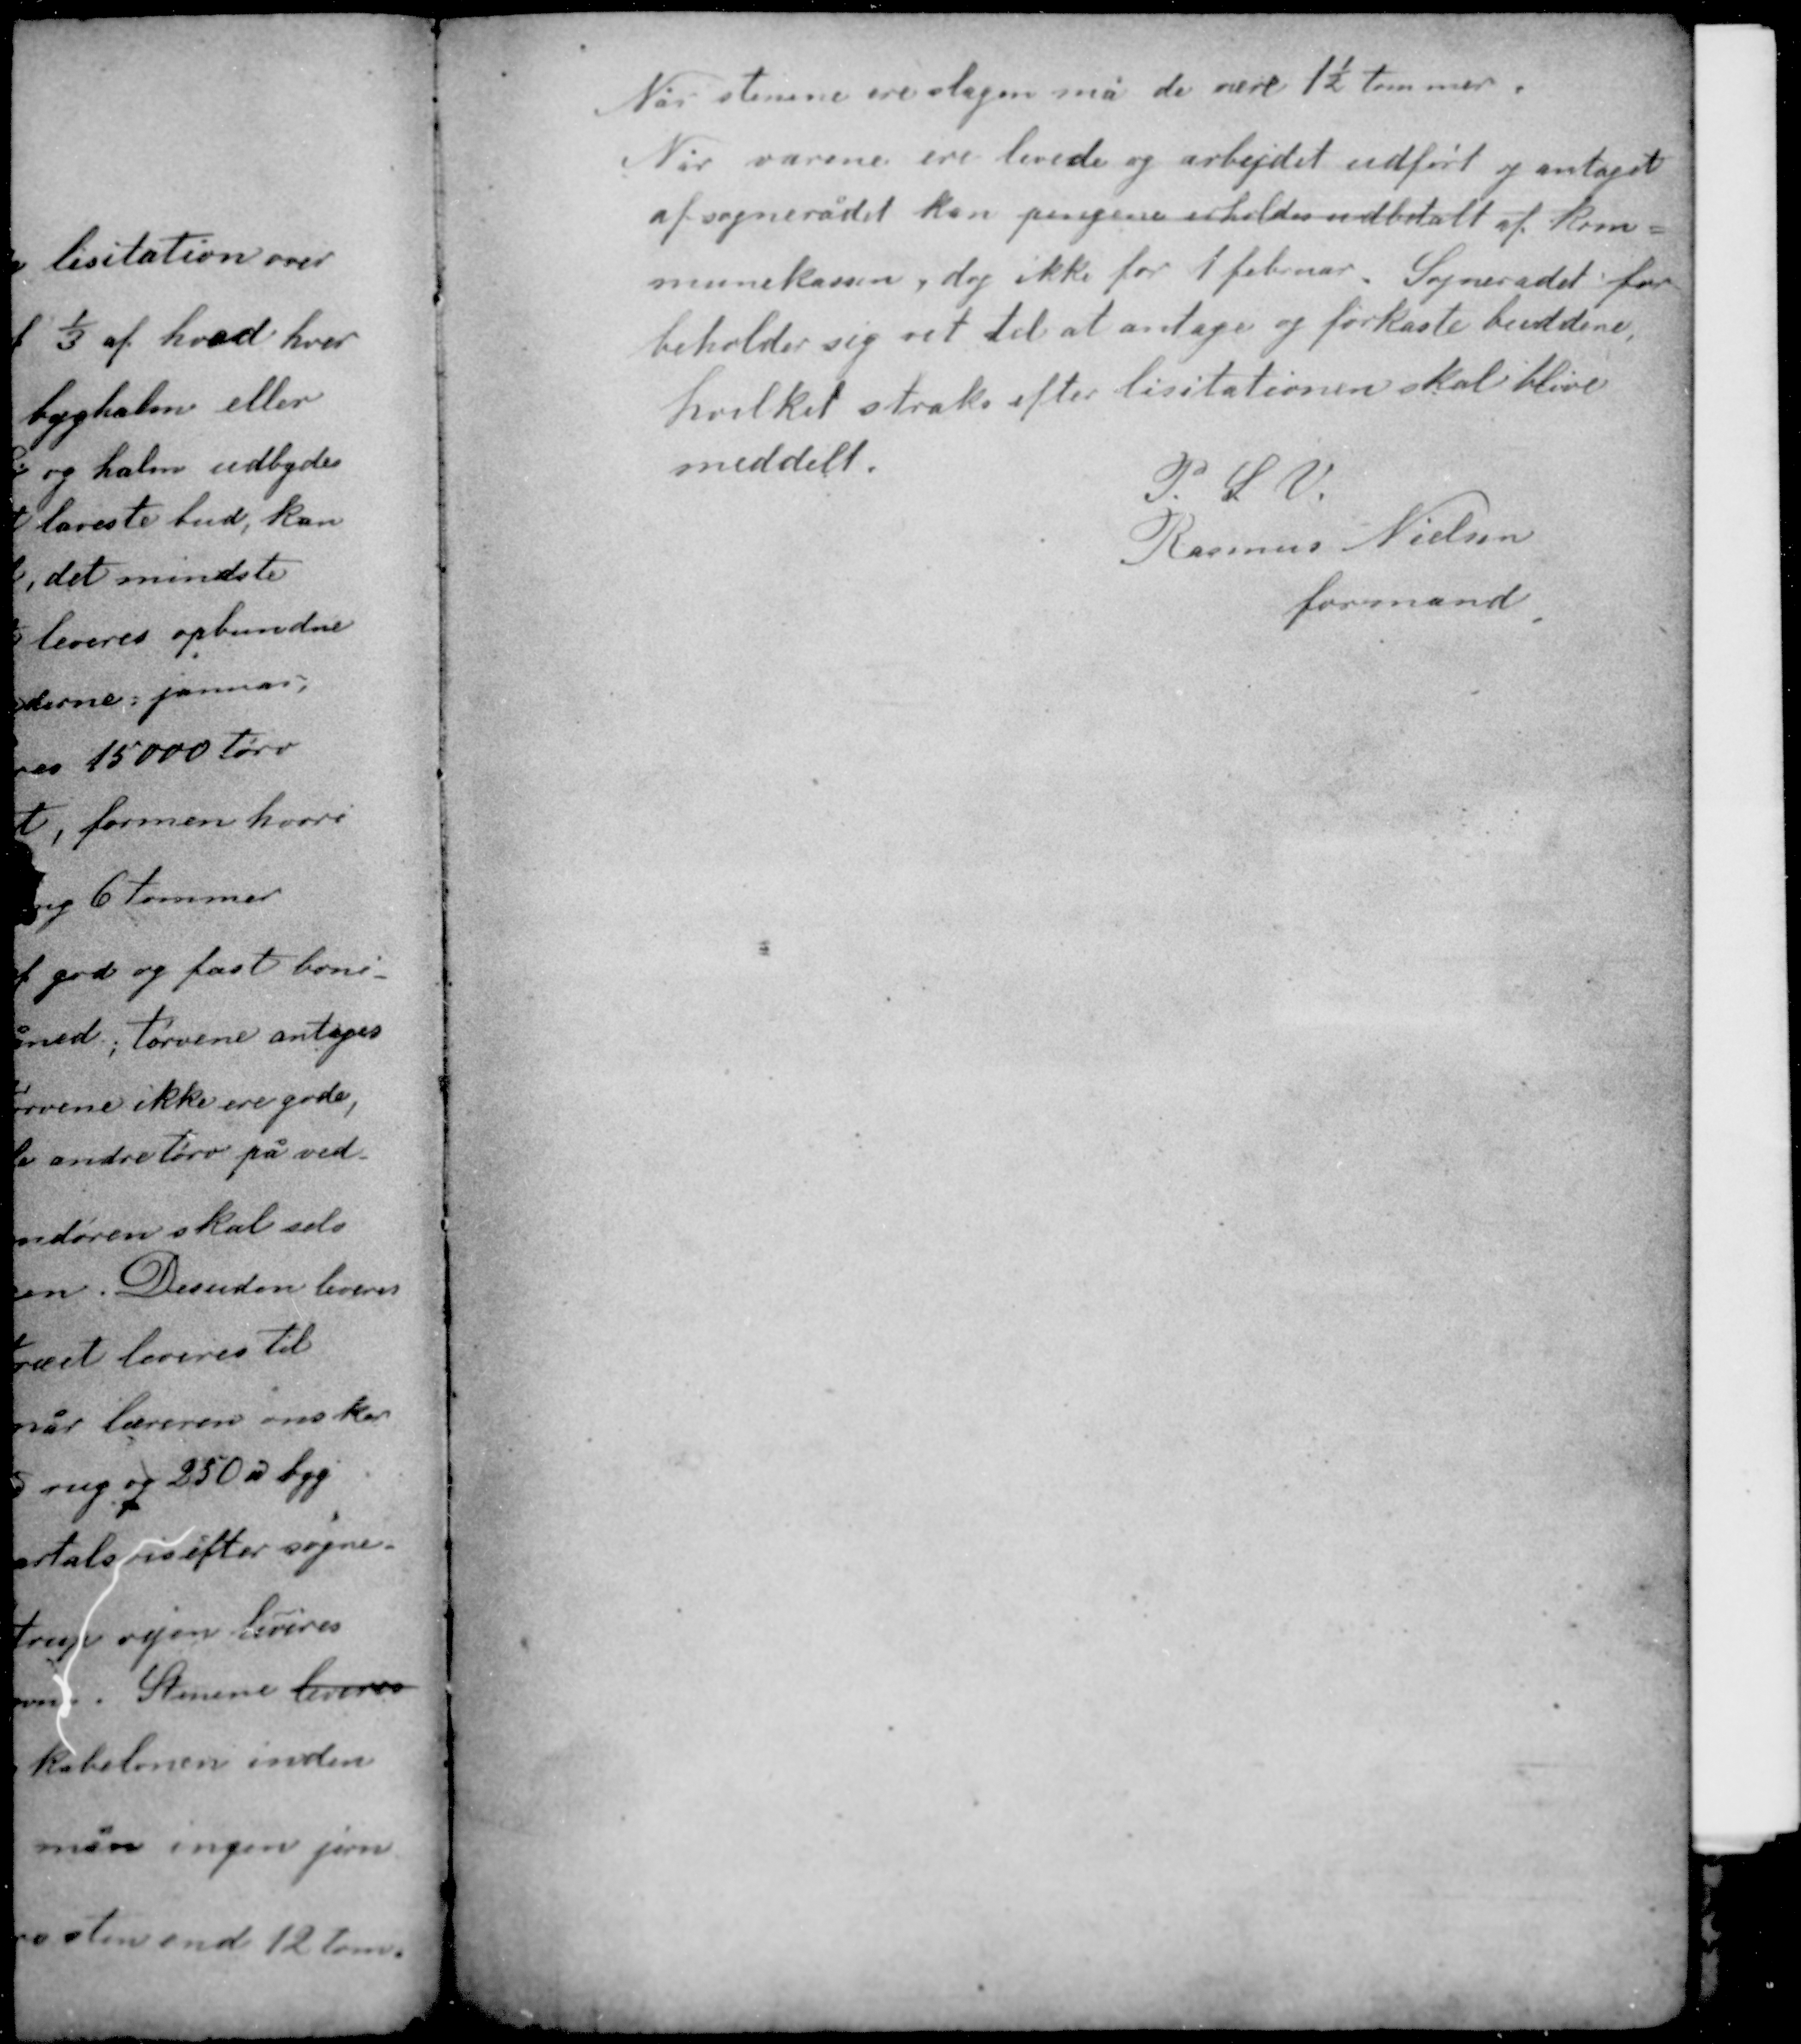
Transskription:
Når stenene ere slagen må de være 1½ tommer.
Når varene ere levede og arbejdet udført og antaget
af sognerådet kan pengene erholdes udbetalt af kom-
munekassen, dog ikke før 1 februar. Sognerådet for-
beholder sig ret til at antage og forkaste buddene
hvilket straks efter lisitationen skal blive
meddelt.

P. S. V.
Rasmus Nielsen
formand